Vaccination in Bombay 1913-1923 - 1913-1923
Year: 1913
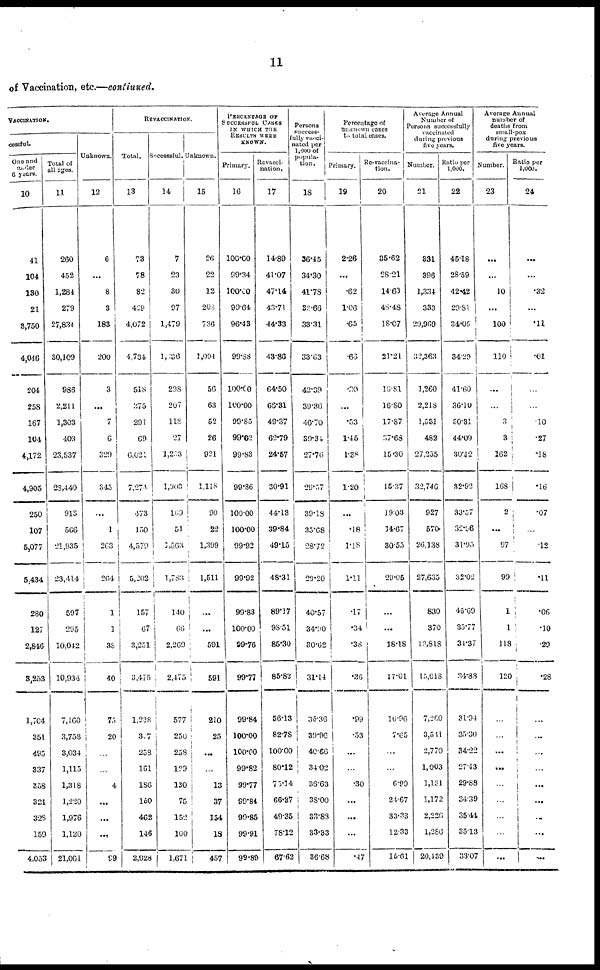
11
of Vaccination, etc.—continued.
VACCINATION.
cessful.
One and
under
6 years.
10
41
104
130
21
3,750
4,046
204
258
167
104
4,172
4,905
250
107
5,077
5,434
280
127
2,846
3,253
1,764
351
495
337
358
321
328
159
4,053
Total of
all ages.
11
260
452
1,284
279
27,834
30,109
986
2,211
1,303
403
23,537
28,440
913
566
21,935
23,414
597
295
10,042
10,934
7,160
3,758
3,034
1,115
1,318
1,220
1,976
1,120
21,001
Unknown.
12
6
...
8
3
183
200
3
...
7
6
320
345
...
1
263
264
1
1
38
40
75
20
...
...
4
...
...
...
99
REVACCINATION.
Total.
13
73
78
82
429
4,072
4,734
518
375
291
69
6,021
7,274
473
150
4,579
5,202
157
67
3,251
3,475
1,238
327
253
161
186
l50
462
146
2,928
Successful.
14
7
23
30
97
1,479
l,436
298
207
118
27
1,253
1,903
169
51
1,563
1,783
140
66
2,269
2,475
577
250
258
129
130
75
152
100
1,671
Unknown.
15
26
22
12
208
736
1,004
56
63
52
26
921
1,118
90
22
1,399
1,511
...
...
591
591
210
25
...
...
13
37
154
18
457
PERCENTAGE OF
SUCCESSFUL CASES
IN WHICH THE
RESULTS WERE
KNOWN.
Primary.
16
100.00
99.34
100.00
99.64
96.43
99.38
100.00
100.00
99.85
99.02
99.83
99.86
100.00
100.00
99.92
99.92
99.83
100.00
99.76
99.77
99.84
100.00
100.00
99.82
99.77
99.84
99.85
99.91
99.89
Revacci¬
nation.
17
14.89
41.07
47.14
43.71
44.33
43.86
64.50
66.31
49.37
62.79
24.57
30.91
44.13
39.84
49.15
48.31
89.37
98.51
85.30
85.82
56.13
82.78
100.00
80.12
73.14
66.37
49.35
78.12
67.62
Persons
success¬
fully vacci¬
nated per
1,000 of
popula¬
tion.
18
36.45
34.30
41.78
32.66
33.3l
33.63
42.39
39.36
46.70
39.34
27.76
29.57
39.18
35.68
28.72
29.20
40.57
34.90
30.62
31.14
35.36
39.96
40.66
34.02
36.63
38.00
33.83
33.33
36.68
Percentage of
unknown cases
to total cases.
Primary.
19
2.26
...
.62
1.06
.65
.63
.30
...
.53
1.45
1.38
1.20
...
.18
1.18
1.11
.17
.34
.38
.36
.99
.53
...
...
.30
...
...
...
.47
Re-vaccina¬
tion.
20
35.62
28.21
14.63
48.48
18.07
21.21
10.81
16.80
17.87
37.63
15.30
15.37
19.03
14.67
30.55
29.05
...
...
18.18
17.01
16.96
7.65
...
...
6.99
24.67
33.33
12.33
15.61
Average Annual
Number of
Persons successfully
vaccinated
during previous
five years.
Number.
21
331
396
1,334
333
29,969
32,363
1,260
2,218
1,531
482
27,255
32,746
927
570
26,138
27,635
830
370
13,818
15,018
7,260
3,541
2,770
1,003
1,131
1,172
2,226
1,286
20,439
Ratio per
1,000.
22
45.18
28.59
42.42
29.81
34.05
34.29
41.60
36.10
50.31
44.09
30.52
32.92
33.57
32.96
31.95
32.02
45.69
35.77
34.37
34.88
31.94
35.30
34.22
27.43
29.88
34.39
35.44
35.13
33.07
Average Annual
number of
deaths from
small-pox
during previous
five years.
Number.
23
...
...
10
...
100
110
...
...
3
3
162
168
2
...
97
99
1
1
118
120
...
...
...
...
...
...
...
...
...
Ratio per
1,000.
24
...
...
.32
...
.11
.01
...
...
.10
.27
.18
.16
.07
...
.12
.11
.06
.10
.29
.28
...
...
...
...
...
...
...
...
...